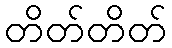
တိတ်တိတ်